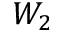
W _ { 2 }